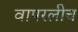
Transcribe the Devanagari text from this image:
वापरलीच